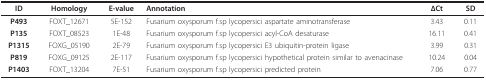
| ID | Homology | E-value | Annotation | ΔCt | SD |
 | --- | --- | --- | --- | --- | --- |
 | P493 | FOXT_12671 | 5E-152 | Fusarium oxysporum f.sp lycopersici aspartate aminotransferase | 3.43 | 0.11 |
 | P135 | FOXT_08523 | 1E-48 | Fusarium oxysporum f.sp lycopersici acyl-CoA desaturase | 16.11 | 0.41 |
 | P1315 | FOXG_05190 | 2E-79 | Fusarium oxysporum f.sp lycopersici E3 ubiquitin-protein ligase | 3.99 | 0.31 |
 | P819 | FOXG_09125 | 2E-117 | Fusarium oxysporum f.sp lycopersici hypothetical protein similar to avenacinase | 10.24 | 0.04 |
 | P1403 | FOXT_13204 | 7E-51 | Fusarium oxysporum f.sp lycopersici predicted protein | 7.06 | 0.77 |